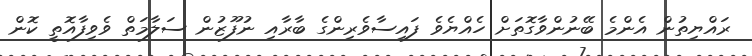
ރައްޔިތުން އެންމެ ބޭނުންވާގޮތަށް ހެއްޔެވެ ފައިސާވެރިންގެ ބާރާއި ނުފޫޒުން ސަލާމަތް ވެވިފާއޮތީ ކޮން